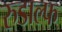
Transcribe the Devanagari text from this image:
रुडाल्फ